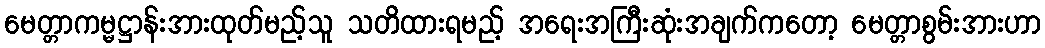
မေတ္တာကမ္မဋ္ဌာန်းအားထုတ်မည့်သူ သတိထားရမည့် အရေးအကြီးဆုံးအချက်ကတော့ မေတ္တာစွမ်းအားဟာ